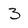
Character: 3